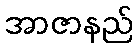
အာဇာနည်